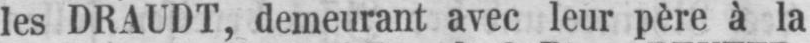
les DRAUDT, demeurant avec leur père à la